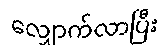
လျှောက်လာပြီး